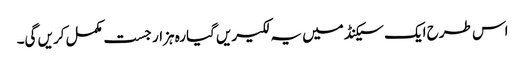
اس طرح ایک سیکنڈ میں یہ لکیریں گیارہ ہزار جست مکمل کریں گی۔